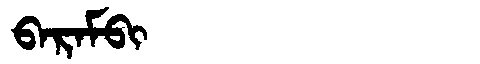
Manchu: ᠪᠠᡵᠠᠮᠪᡳ
Romanization: BARAMBI